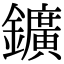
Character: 鑛